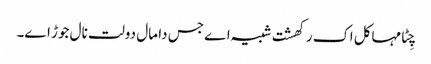
چِٹا مہاکل اک رکھشت شبیہ اے جس دا مال دولت نال جوڑ اے۔